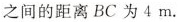
之间的距离BC为4m.